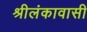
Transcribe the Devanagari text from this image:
श्रीलंकावासी